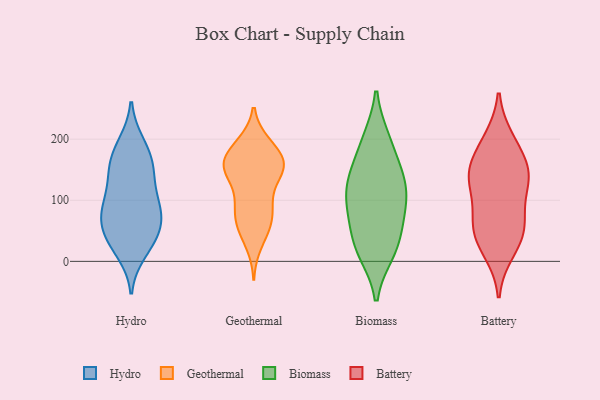
{"axis": {"x": "Headcount", "y": "Value"}, "legend": ["Battery", "Biomass", "Geothermal", "Hydro"], "data": [{"x": "", "y": 92, "type": "Hydro"}, {"x": "", "y": 22, "type": "Hydro"}, {"x": "", "y": 194, "type": "Hydro"}, {"x": "", "y": 191, "type": "Hydro"}, {"x": "", "y": 76, "type": "Hydro"}, {"x": "", "y": 102, "type": "Hydro"}, {"x": "", "y": 51, "type": "Hydro"}, {"x": "", "y": 140, "type": "Hydro"}, {"x": "", "y": 14, "type": "Hydro"}, {"x": "", "y": 61, "type": "Hydro"}, {"x": "", "y": 61, "type": "Hydro"}, {"x": "", "y": 48, "type": "Hydro"}, {"x": "", "y": 157, "type": "Hydro"}, {"x": "", "y": 32, "type": "Hydro"}, {"x": "", "y": 163, "type": "Hydro"}, {"x": "", "y": 94, "type": "Hydro"}, {"x": "", "y": 90, "type": "Hydro"}, {"x": "", "y": 161, "type": "Hydro"}, {"x": "", "y": 134, "type": "Hydro"}, {"x": "", "y": 135, "type": "Geothermal"}, {"x": "", "y": 83, "type": "Geothermal"}, {"x": "", "y": 149, "type": "Geothermal"}, {"x": "", "y": 150, "type": "Geothermal"}, {"x": "", "y": 96, "type": "Geothermal"}, {"x": "", "y": 192, "type": "Geothermal"}, {"x": "", "y": 56, "type": "Geothermal"}, {"x": "", "y": 192, "type": "Geothermal"}, {"x": "", "y": 29, "type": "Geothermal"}, {"x": "", "y": 100, "type": "Geothermal"}, {"x": "", "y": 159, "type": "Geothermal"}, {"x": "", "y": 160, "type": "Geothermal"}, {"x": "", "y": 84, "type": "Geothermal"}, {"x": "", "y": 154, "type": "Geothermal"}, {"x": "", "y": 186, "type": "Geothermal"}, {"x": "", "y": 59, "type": "Geothermal"}, {"x": "", "y": 153, "type": "Geothermal"}, {"x": "", "y": 57, "type": "Geothermal"}, {"x": "", "y": 170, "type": "Geothermal"}, {"x": "", "y": 157, "type": "Geothermal"}, {"x": "", "y": 49, "type": "Biomass"}, {"x": "", "y": 200, "type": "Biomass"}, {"x": "", "y": 27, "type": "Biomass"}, {"x": "", "y": 120, "type": "Biomass"}, {"x": "", "y": 200, "type": "Biomass"}, {"x": "", "y": 85, "type": "Biomass"}, {"x": "", "y": 14, "type": "Biomass"}, {"x": "", "y": 155, "type": "Biomass"}, {"x": "", "y": 67, "type": "Biomass"}, {"x": "", "y": 144, "type": "Biomass"}, {"x": "", "y": 134, "type": "Biomass"}, {"x": "", "y": 102, "type": "Biomass"}, {"x": "", "y": 14, "type": "Biomass"}, {"x": "", "y": 104, "type": "Biomass"}, {"x": "", "y": 128, "type": "Battery"}, {"x": "", "y": 16, "type": "Battery"}, {"x": "", "y": 160, "type": "Battery"}, {"x": "", "y": 129, "type": "Battery"}, {"x": "", "y": 194, "type": "Battery"}, {"x": "", "y": 51, "type": "Battery"}, {"x": "", "y": 29, "type": "Battery"}, {"x": "", "y": 74, "type": "Battery"}, {"x": "", "y": 56, "type": "Battery"}, {"x": "", "y": 126, "type": "Battery"}, {"x": "", "y": 64, "type": "Battery"}, {"x": "", "y": 150, "type": "Battery"}, {"x": "", "y": 147, "type": "Battery"}, {"x": "", "y": 200, "type": "Battery"}]}